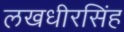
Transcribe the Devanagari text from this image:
लखधीरसिंह